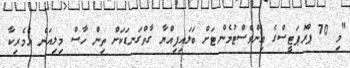
"މި 70 ޕްރޮޕަޓީސްގެ އިންވެސްޓުމެންޓަށް ބަލައިފިއްޔާ ގާތްގަނޑަކަށް ތިން ހާސް މިލިއަން އެމެރިކާ